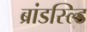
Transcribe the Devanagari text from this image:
ब्रांडस्ल्डि